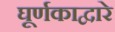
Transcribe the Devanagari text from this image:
घूर्णकाद्वारे